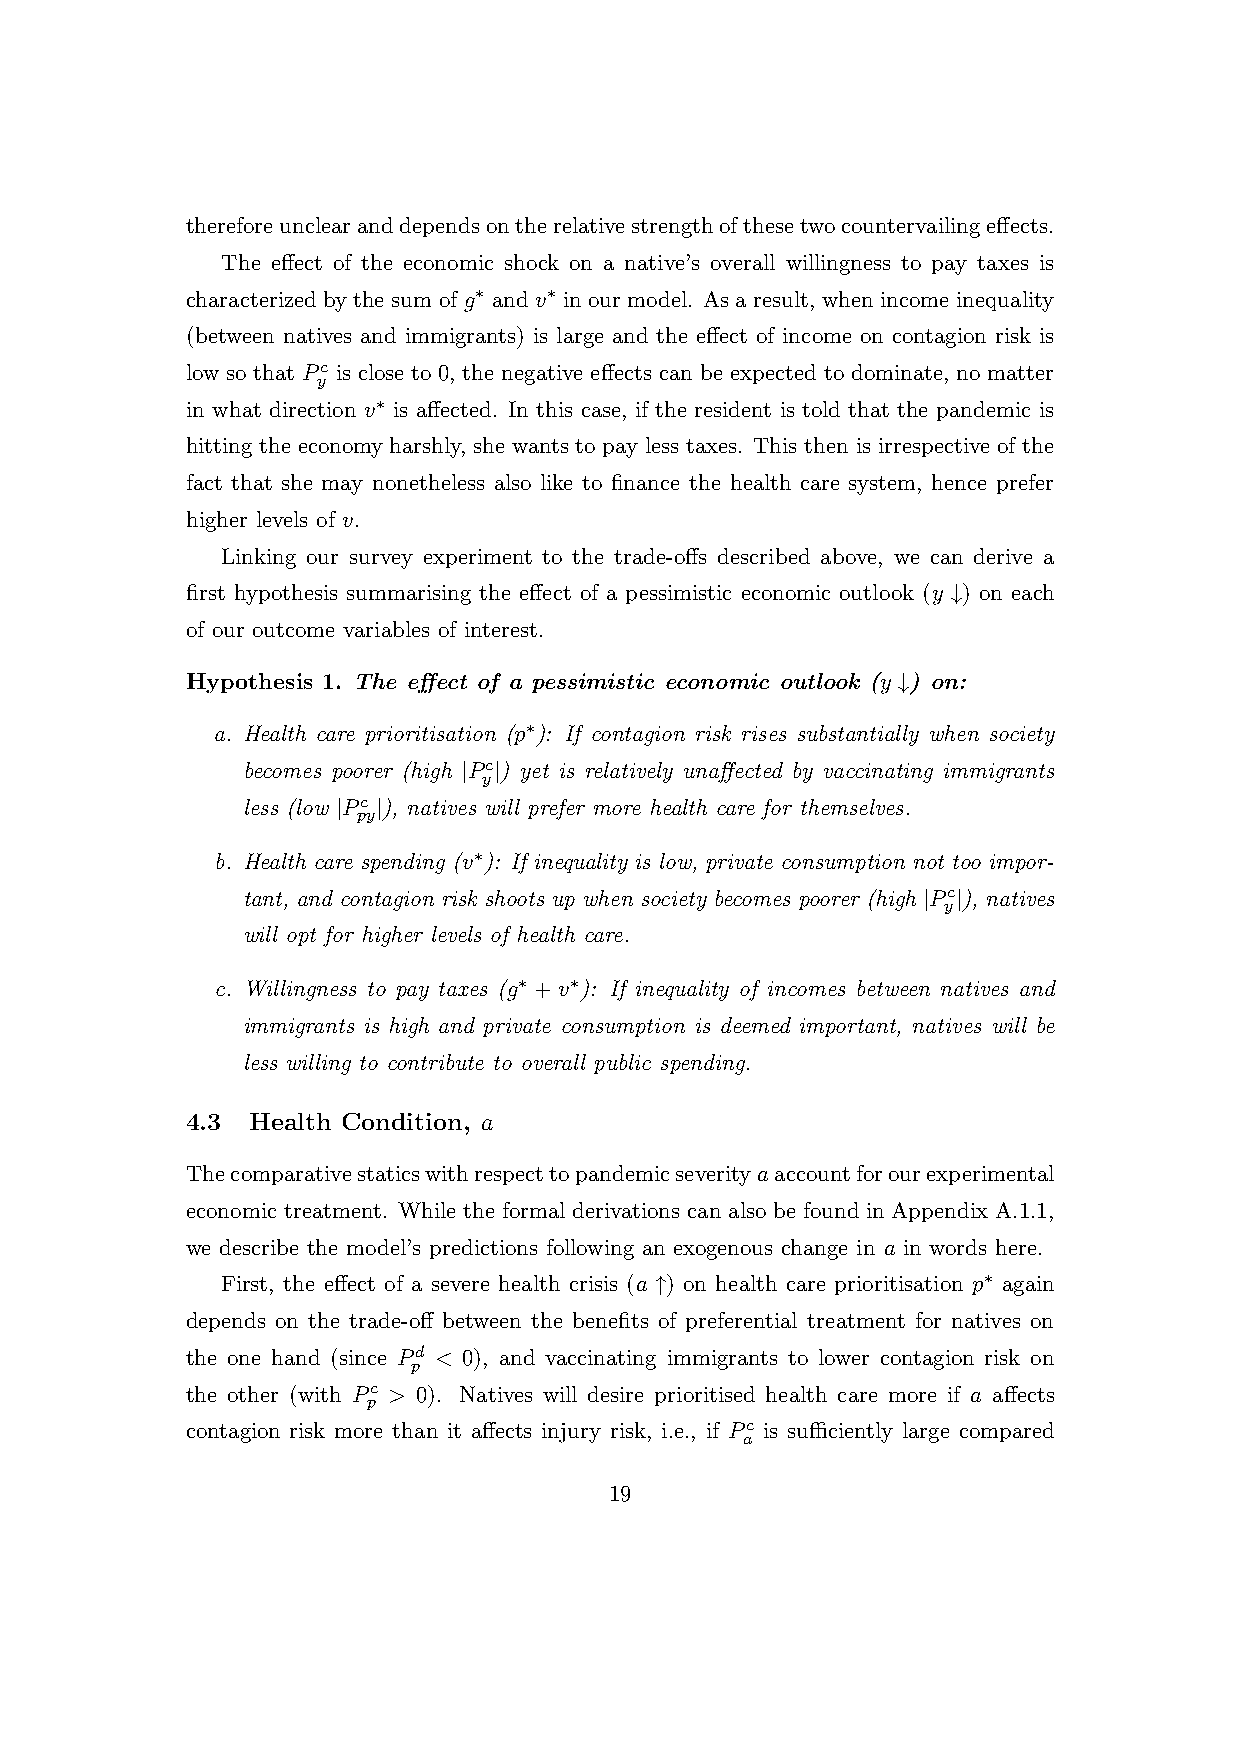
thereforeunclearanddependsontherelativestrengthofthesetwocountervailingeffects.
 The effect of the economic shock on a native’s overall willingness to pay taxes is
 characterized by the sum of g∗ and v∗ in our model. As a result, when income inequality
 (between natives and immigrants) is large and the effect of income on contagion risk is
 low so that Pc is close to 0, the negative effects can be expected to dominate, no matter
 y
 in what direction v∗ is affected. In this case, if the resident is told that the pandemic is
 hitting the economy harshly, she wants to pay less taxes. This then is irrespective of the
 fact that she may nonetheless also like to finance the health care system, hence prefer
 higher levels of v.
 Linking our survey experiment to the trade-offs described above, we can derive a
 first hypothesis summarising the effect of a pessimistic economic outlook (y ↓) on each
 of our outcome variables of interest.
 Hypothesis 1. The effect of a pessimistic economic outlook (y ↓) on:
 a. Health care prioritisation (p∗): If contagion risk rises substantially when society
 becomes poorer (high |Pc|) yet is relatively unaffected by vaccinating immigrants
 y
 less (low |Pc |), natives will prefer more health care for themselves.
 py
 b. Health care spending (v∗): If inequality is low, private consumption not too impor-
 tant, and contagion risk shoots up when society becomes poorer (high |Pc|), natives
 y
 will opt for higher levels of health care.
 c. Willingness to pay taxes (g∗ +v∗): If inequality of incomes between natives and
 immigrants is high and private consumption is deemed important, natives will be
 less willing to contribute to overall public spending.
 4.3  Health Condition, a
 Thecomparativestaticswithrespecttopandemicseverityaaccountforourexperimental
 economic treatment. While the formal derivations can also be found in Appendix A.1.1,
 we describe the model’s predictions following an exogenous change in a in words here.
 First, the effect of a severe health crisis (a ↑) on health care prioritisation p∗ again
 depends on the trade-off between the benefits of preferential treatment for natives on
 the one hand (since Pd < 0), and vaccinating immigrants to lower contagion risk on
 p
 the other (with Pc > 0). Natives will desire prioritised health care more if a affects
 p
 contagion risk more than it affects injury risk, i.e., if Pc is sufficiently large compared
 a
 19